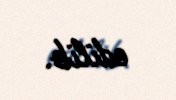
edilib.